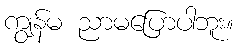
ကျွန်မ ညာမပြောပါဘူး။